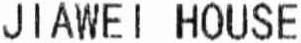
JIAWEI HOUSE